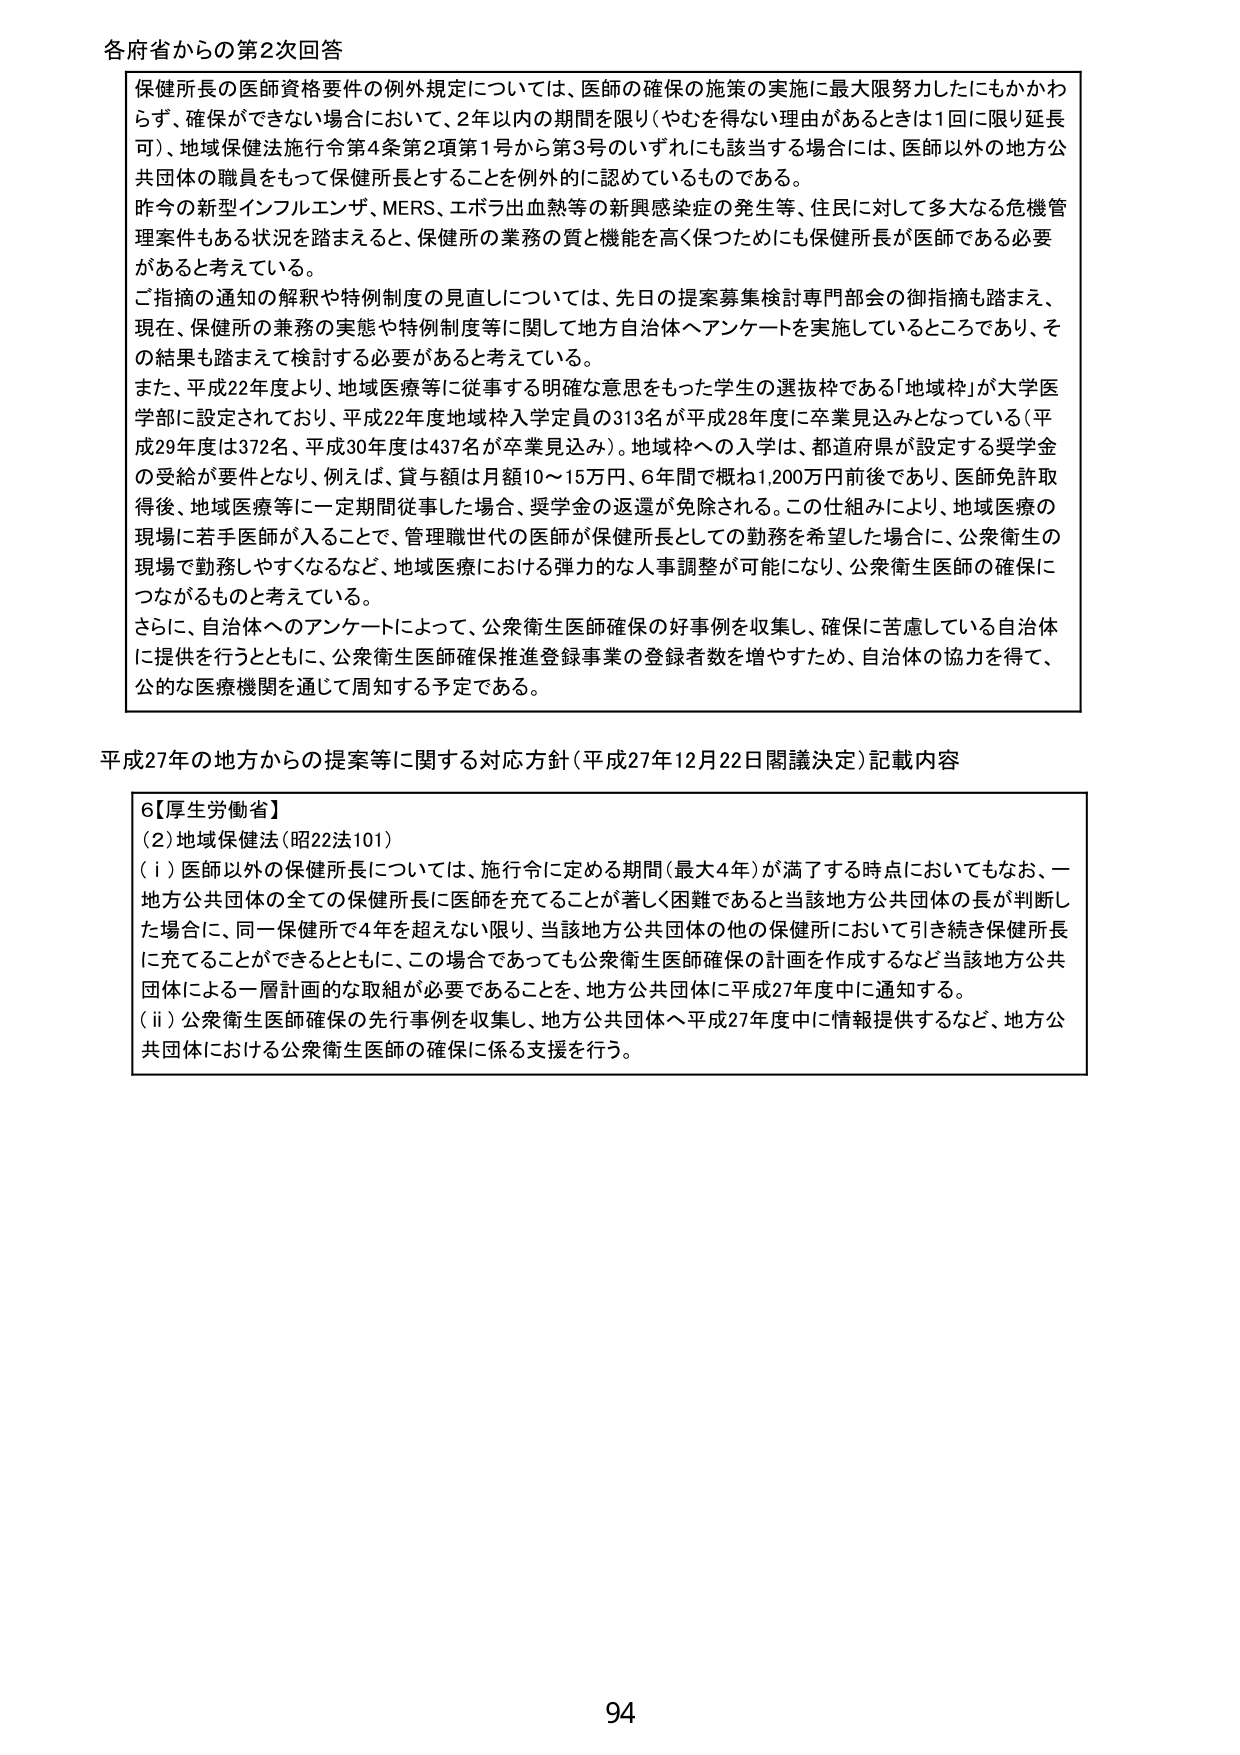
各府省からの第2次回答

保健所長の医師資格要件の例外規定については、医師の確保の施策の実施に最大限努力したにもかかわらず、確保ができない場合において、2年以内の期間を限り（やむを得ない理由があるときは1回に限り延長可）、地域保健法施行令第4条第2項第1号から第3号のいずれにも該当する場合には、医師以外の地方公共団体の職員をもって保健所長とすることを例外的に認めているものである。

昨今の新型インフルエンザ、MERS、エボラ出血熱等の新興感染症の発生等、住民に対して多大なる危機管理案件もある状況を踏まえると、保健所の業務の質と機能を高く保つためにも保健所長が医師である必要があると考えている。

ご指摘の通知の解釈や特例制度の見直しについては、先日の提案募集検討専門部会の御指摘も踏まえ、現在、保健所の兼務の実態や特例制度等に関して地方自治体へアンケートを実施しているところであり、その結果も踏まえて検討する必要があると考えている。

また、平成22年度より、地域医療等に従事する明確な意思をもった学生の選抜枠である「地域枠」が大学医学部に設定されており、平成22年度地域枠入学定員の313名が平成28年度に卒業見込みとなっている（平成29年度は372名、平成30年度は437名が卒業見込み）。地域枠への入学は、都道府県が設定する奨学金の受給が要件となり、例えば、貸与額は月額10～15万円、6年間で概ね1,200万円前後であり、医師免許取得後、地域医療等に一定期間従事した場合、奨学金の返還が免除される。この仕組みにより、地域医療の現場に若手医師が入ることで、管理職世代の医師が保健所長としての勤務を希望した場合に、公衆衛生の現場で勤務しやすくなるなど、地域医療における弾力的な人事調整が可能になり、公衆衛生医師の確保につながるものと考えている。

さらに、自治体へのアンケートによって、公衆衛生医師確保の好事例を収集し、確保に苦慮している自治体に提供を行うとともに、公衆衛生医師確保推進登録事業の登録者数を増やすため、自治体の協力を得て、公的な医療機関を通じて周知する予定である。

平成27年の地方からの提案等に関する対応方針（平成27年12月22日閣議決定）記載内容

6【厚生労働省】
（2）地域保健法（昭22法101）
（i）医師以外の保健所長については、施行令に定める期間（最大4年）が満了する時点においてもなお、一地方公共団体の全ての保健所長に医師を充てることが著しく困難であると当該地方公共団体の長が判断した場合に、同一保健所で4年を超えない限り、当該地方公共団体の他の保健所において引き続き保健所長に充てることができるとともに、この場合であっても公衆衛生医師確保の計画を作成するなど当該地方公共団体による一層計画的な取組が必要であることを、地方公共団体に平成27年度中に通知する。
（ii）公衆衛生医師確保の先行事例を収集し、地方公共団体へ平成27年度中に情報提供するなど、地方公共団体における公衆衛生医師の確保に係る支援を行う。

94